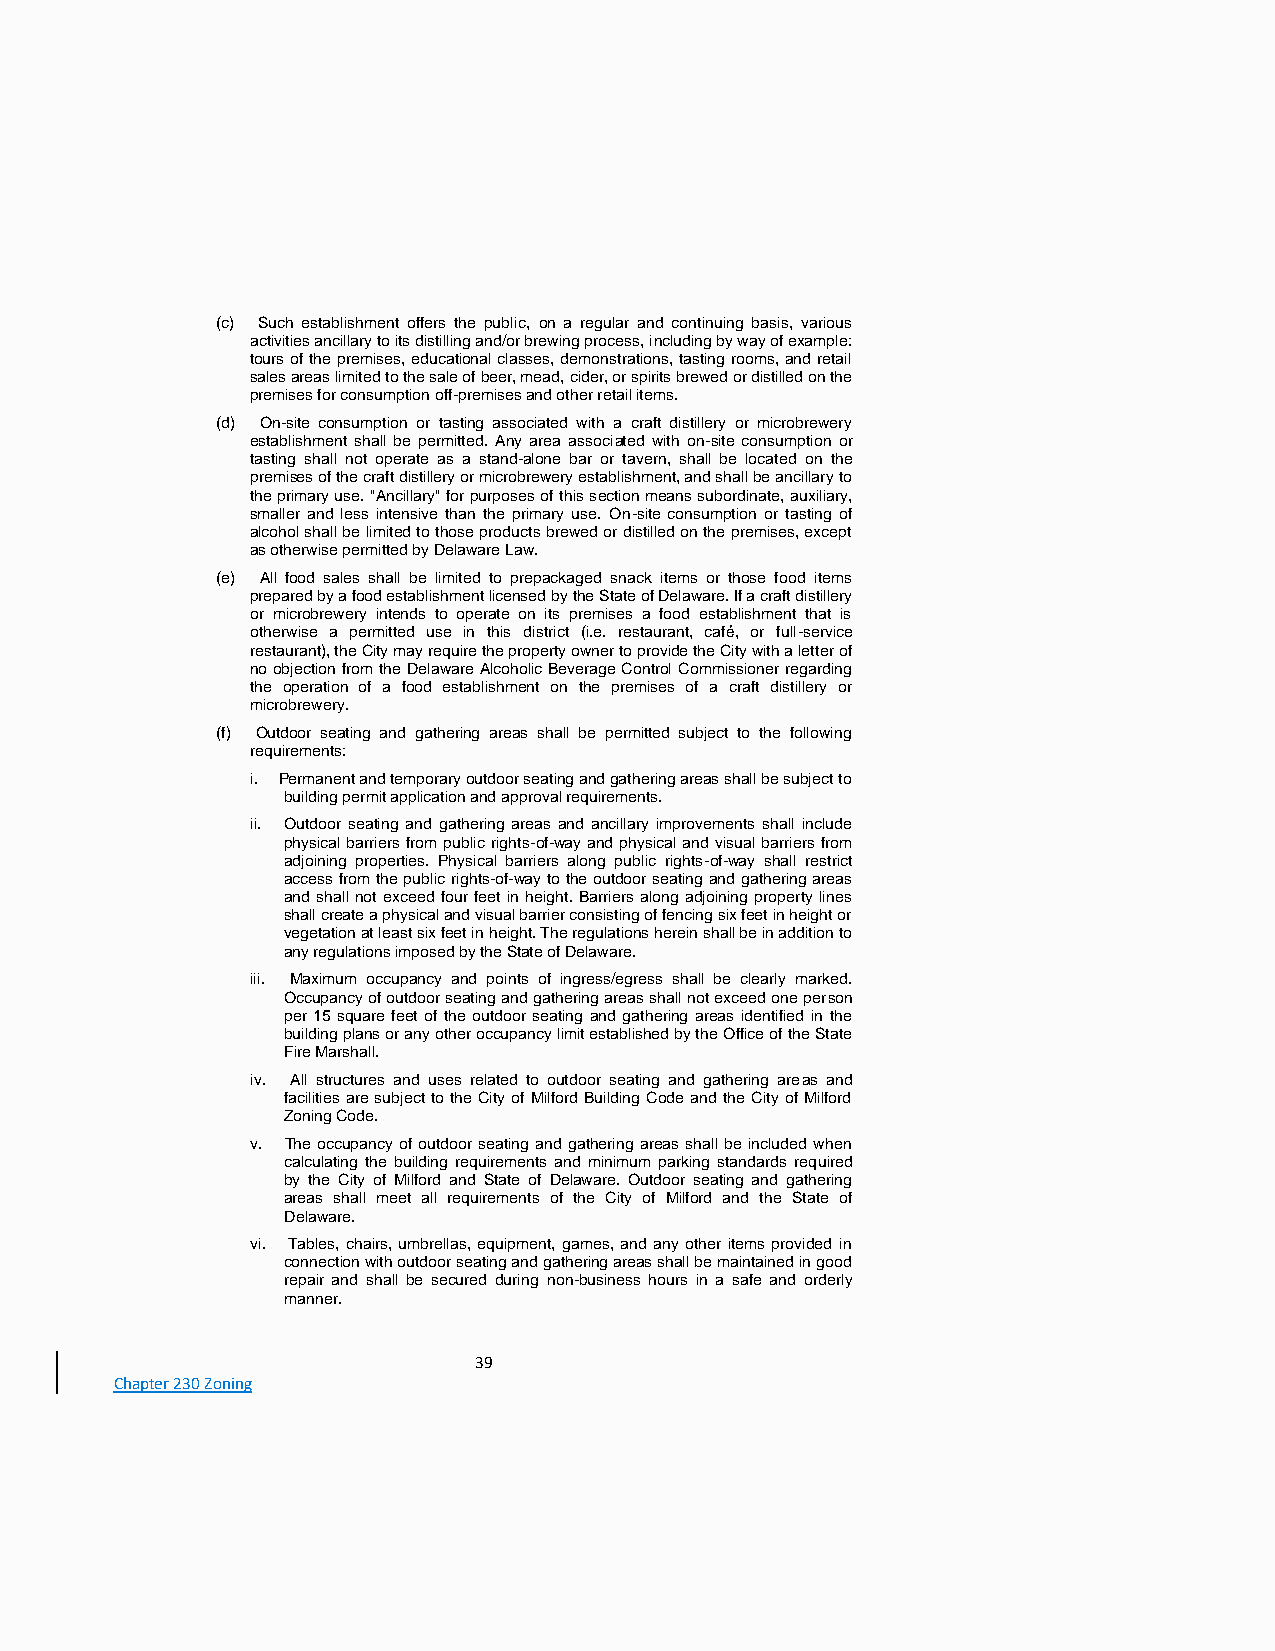
(c) Such establishment offers the public, on a regular and continuing basis, various
 activities ancillary to its distilling and/or brewing process, including by way of example:
 tours of the premises, educational classes, demonstrations, tasting rooms, and retail
 sales areas limited to the sale of beer, mead, cider, or spirits brewed or distilled on the
 premises for consumption off-premises and other retail items.
 (d) On-site consumption or tasting associated with a craft distillery or microbrewery
 establishment shall be permitted. Any area associated with on-site consumption or
 tasting shall not operate as a stand-alone bar or tavern, shall be located on the
 premises of the craft distillery or microbrewery establishment, and shall be ancillary to
 the primary use. "Ancillary" for purposes of this section means subordinate, auxiliary,
 smaller and less intensive than the primary use. On-site consumption or tasting of
 alcohol shall be limited to those products brewed or distilled on the premises, except
 as otherwise permitted by Delaware Law.
 (e) All food sales shall be limited to prepackaged snack items or those food items
 prepared by a food establishment licensed by the State of Delaware. If a craft distillery
 or microbrewery intends to operate on its premises a food establishment that is
 otherwise a permitted use in this district (i.e. restaurant, café, or full-service
 restaurant), the City may require the property owner to provide the City with a letter of
 no objection from the Delaware Alcoholic Beverage Control Commissioner regarding
 the operation of a food establishment on the premises of a craft distillery or
 microbrewery.
 (f) Outdoor seating and gathering areas shall be permitted subject to the following
 requirements:
 i. Permanent and temporary outdoor seating and gathering areas shall be subject to
 building permit application and approval requirements.
 ii. Outdoor seating and gathering areas and ancillary improvements shall include
 physical barriers from public rights-of-way and physical and visual barriers from
 adjoining properties. Physical barriers along public rights-of-way shall restrict
 access from the public rights-of-way to the outdoor seating and gathering areas
 and shall not exceed four feet in height. Barriers along adjoining property lines
 shall create a physical and visual barrier consisting of fencing six feet in height or
 vegetation at least six feet in height. The regulations herein shall be in addition to
 any regulations imposed by the State of Delaware.
 iii. Maximum occupancy and points of ingress/egress shall be clearly marked.
 Occupancy of outdoor seating and gathering areas shall not exceed one person
 per 15 square feet of the outdoor seating and gathering areas identified in the
 building plans or any other occupancy limit established by the Office of the State
 Fire Marshall.
 iv. All structures and uses related to outdoor seating and gathering areas and
 facilities are subject to the City of Milford Building Code and the City of Milford
 Zoning Code.
 v. The occupancy of outdoor seating and gathering areas shall be included when
 calculating the building requirements and minimum parking standards required
 by the City of Milford and State of Delaware. Outdoor seating and gathering
 areas shall meet all requirements of the City of Milford and the State of
 Delaware.
 vi. Tables, chairs, umbrellas, equipment, games, and any other items provided in
 connection with outdoor seating and gathering areas shall be maintained in good
 repair and shall be secured during non-business hours in a safe and orderly
 manner.
 39
 Chapter 230 Zoning